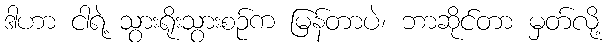
ဒါဟာ ငါရဲ့ သွားရိုးသွားစဉ်က မြန်တာပဲ၊ ဘာဆိုင်တာ မှတ်လို့